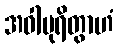
အဝါပုရိတွာဟံ